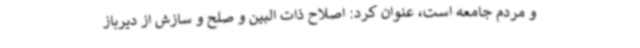
و مردم جامعه است، عنوان کرد: اصلاح ذات البین و صلح و سازش از دیرباز